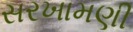
સરખામણી